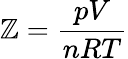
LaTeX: \mathbb{Z}={\frac{{pV}}{{nRT}}}